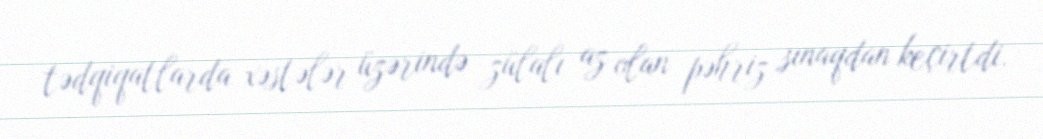
tədqiqatlarda xəstələr üzərində zülalı az olan pəhriz sınaqdan keçirtdi.